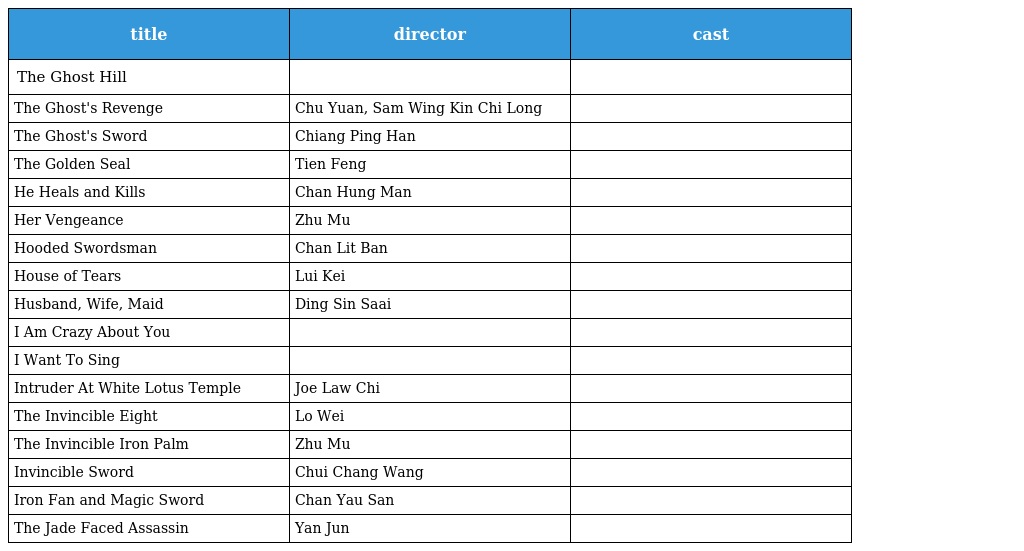
| title | director | cast |
 | --- | --- | --- |
 | The Ghost Hill |  |  |
 | The Ghost's Revenge | Chu Yuan, Sam Wing Kin Chi Long |  |
 | The Ghost's Sword | Chiang Ping Han |  |
 | The Golden Seal | Tien Feng |  |
 | He Heals and Kills | Chan Hung Man |  |
 | Her Vengeance | Zhu Mu |  |
 | Hooded Swordsman | Chan Lit Ban |  |
 | House of Tears | Lui Kei |  |
 | Husband, Wife, Maid | Ding Sin Saai |  |
 | I Am Crazy About You |  |  |
 | I Want To Sing |  |  |
 | Intruder At White Lotus Temple | Joe Law Chi |  |
 | The Invincible Eight | Lo Wei |  |
 | The Invincible Iron Palm | Zhu Mu |  |
 | Invincible Sword | Chui Chang Wang |  |
 | Iron Fan and Magic Sword | Chan Yau San |  |
 | The Jade Faced Assassin | Yan Jun |  |